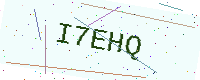
Text: I7EHQ